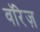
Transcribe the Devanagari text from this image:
वॉरेज़